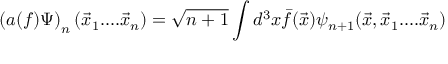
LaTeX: \left( a ( f ) \Psi \right) _ { n } ( \vec { x } _ { 1 } . . . . \vec { x } _ { n } ) = \sqrt { n + 1 } \int d ^ { 3 } x \bar { f } ( \vec { x } ) \psi _ { n + 1 } ( \vec { x } , \vec { x } _ { 1 } . . . . \vec { x } _ { n } )